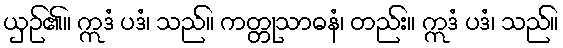
ယှဉ်၏။ ဣဒံ ပဒံ၊ သည်။ ကတ္တုသာဓနံ၊ တည်း။ ဣဒံ ပဒံ၊ သည်။